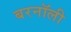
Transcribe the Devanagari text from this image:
बरनॉली